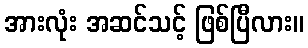
အားလုံး အဆင်သင့် ဖြစ်ပြီလား။